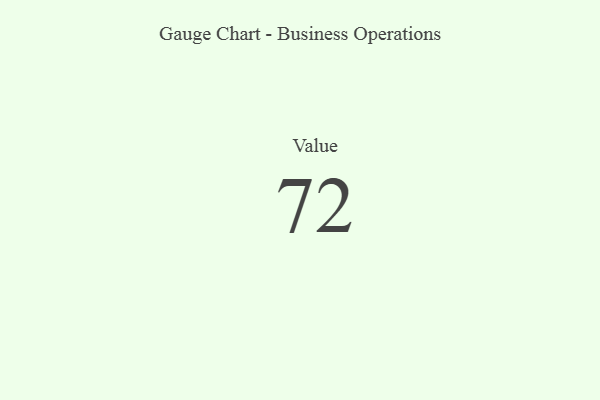
{"axis": {"x": "Metric", "y": "Value"}, "legend": [""], "data": [{"x": "Value", "y": 72, "type": ""}]}